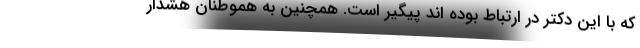
که با این دکتر در ارتباط بوده اند پیگیر است. همچنین به هموطنان هشدار